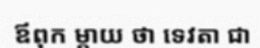
ឪពុក ម្តាយ ថា ទេវតា ជា